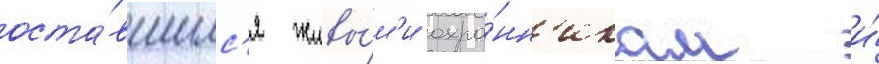
оста́вшимс'я живы́м'и охра́нн'икам и́